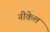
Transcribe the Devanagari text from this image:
नीकेल